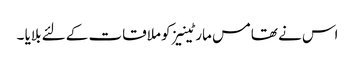
اس نے تھامس مارٹینیز کو ملاقات کے لئے بلایا ۔